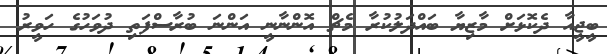
ބީޖީއާ ދެކޮޅަށް މާޒިޔާ ބައްދަލުކުރާ މެޗް އޮންނާނީ އަންނަ ބުރާސްފަތި ދުވަހުގެ ހަވީރު